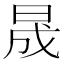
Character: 晟